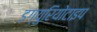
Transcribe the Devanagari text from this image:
डग्युरियोटाइप